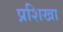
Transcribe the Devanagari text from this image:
प्रशिखा